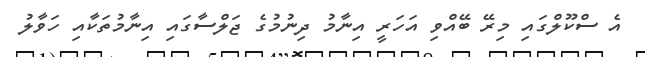
އެ ސްކޫލްގައި މިރޭ ބޭއްވި އަހަރީ އިނާމު ދިނުމުގެ ޖަލްސާގައި އިނާމުތަކާއި ހަވާލު